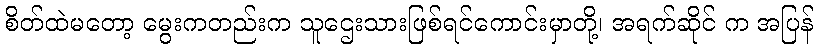
စိတ်ထဲမတော့ မွေးကတည်းက သူဌေးသားဖြစ်ရင်ကောင်းမှာတို့၊ အရက်ဆိုင် က အပြန်